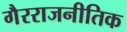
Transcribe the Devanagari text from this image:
गैरराजनीतिक